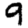
Digit: 9